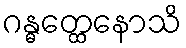
ဂန္ဓတ္ထေနောသိ